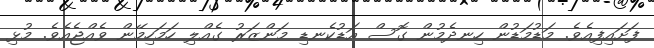
ފަށައިފިއެވެ. މަޑުމަޑުން ހިނދެމުން ގޮސް އަޑުކެނޑި މަންޒަރު ގެއްލި ހަމަހިމޭން ވެއްޖެއެވެ. މުޅި